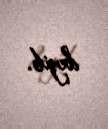
deyib.